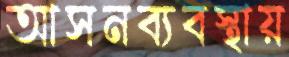
আসনব্যবস্থায়